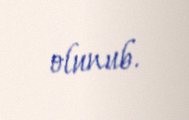
olunub.